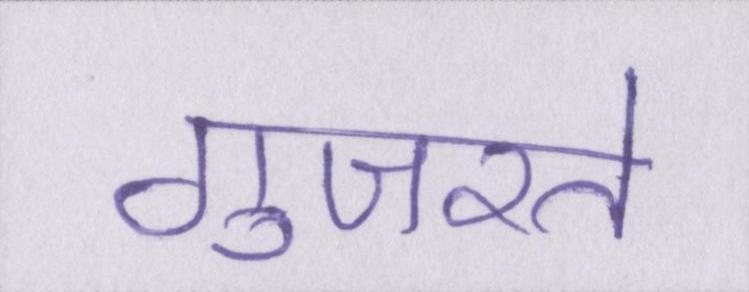
गुजरते